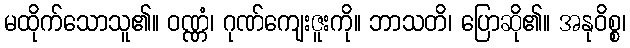
မထိုက်သောသူ၏။ ဝဏ္ဏံ၊ ဂုဏ်ကျေးဇူးကို။ ဘာသတိ၊ ပြောဆို၏။ အနုဝိစ္စ၊